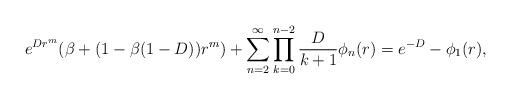
LaTeX: \begin{align*}e^{Dr^m}(\beta+(1-\beta(1-D))r^m)+\sum_{n=2}^{\infty} \prod_{k=0}^{n-2}\frac{D}{k+1}\phi_{n}(r) =e^{-D} -\phi_{1}(r),\end{align*}